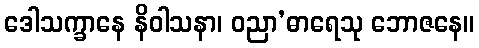
ဒေါသက္ခာနေ နိဝါသနာ၊ ဝညာ’ဓာရေသု ဘောဇနေ။